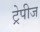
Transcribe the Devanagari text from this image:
ट्रेपीज